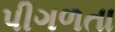
પીગળતા